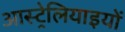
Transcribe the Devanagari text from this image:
आस्ट्रेलियाइयों